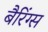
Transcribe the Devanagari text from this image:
बैरिंग्स